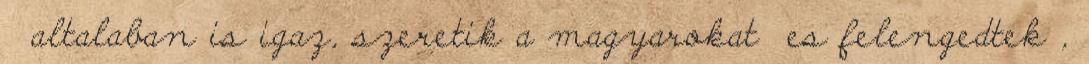
altalaban is igaz, szeretik a magyarokat es felengedtek ,